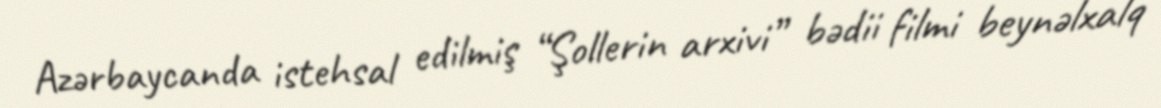
Azərbaycanda istehsal edilmiş “Şollerin arxivi” bədii filmi beynəlxalq